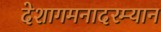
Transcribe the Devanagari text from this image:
देशागमनादरम्यान